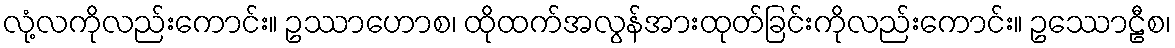
လုံ့လကိုလည်းကောင်း။ ဥဿာဟောစ၊ ထိုထက်အလွန်အားထုတ်ခြင်းကိုလည်းကောင်း။ ဥဿောဠီစ၊